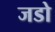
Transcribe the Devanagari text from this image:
जडो